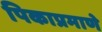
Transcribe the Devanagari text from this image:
पिकाप्रमाणे